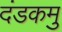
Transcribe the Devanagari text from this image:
दंडकमु